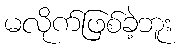
မလိုက်ဖြစ်ခဲ့ဘူး